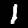
Digit: 1